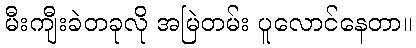
မီးကျီးခဲတခုလို အမြဲတမ်း ပူလောင်နေတာ။